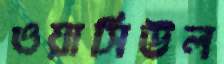
ওয়াসিউল